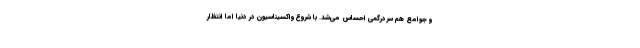
و جوامع هم سردرگمی احساس می‌شد. با شروع واکسیناسیون در دنیا اما انتظار